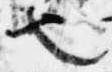
也